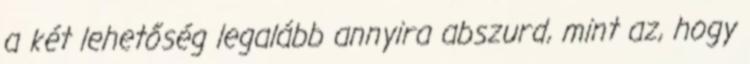
a két lehetőség legalább annyira abszurd, mint az, hogy